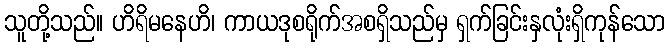
သူတို့သည်။ ဟိရိမနေဟိ၊ ကာယဒုစရိုက်အစရှိသည်မှ ရှက်ခြင်းနှလုံးရှိကုန်သော